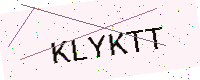
Text: KLYKTT